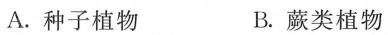
A.种子植物 B.蕨类植物